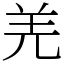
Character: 羌